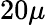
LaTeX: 20\mu